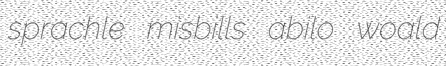
sprachle misbills abilo woald